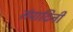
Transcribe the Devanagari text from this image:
संपादिनी